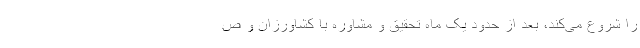
را شروع می‌کند، بعد از حدود یک ماه تحقیق و مشاوره با کشاورزان و ص